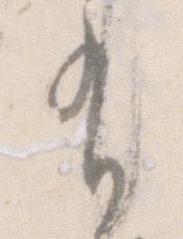
有